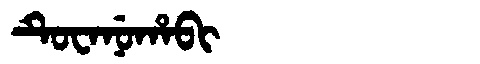
Manchu: ᡨᡠᠸᠠᠨᡠᡥᠠᠪᡳ
Romanization: TUWANUHABI